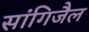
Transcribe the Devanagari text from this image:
सांगिजैल